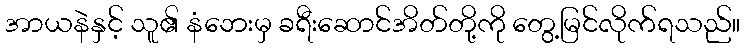
အာယနဲနှင့် သူ၏ နံဘေးမှ ခရီးဆောင်အိတ်တို့ကို တွေ့မြင်လိုက်ရသည်။